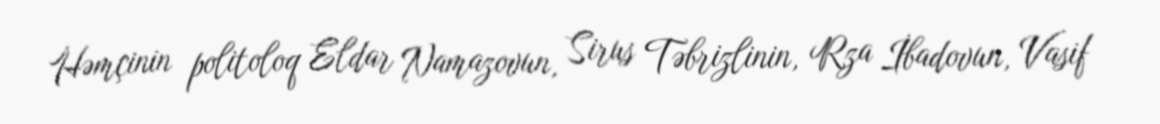
Həmçinin politoloq Eldar Namazovun, Sirus Təbrizlinin, Rza İbadovun, Vasif